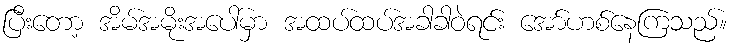
ပြီးတော့ အိမ်အမိုးအပေါ်မှာ အထပ်ထပ်အခါခါဝဲရင်း အော်ဟစ်နေကြသည်။